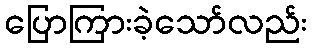
ပြောကြားခဲ့သော်လည်း